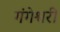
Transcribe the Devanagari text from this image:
गंगेश्वरी